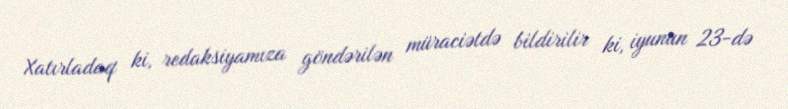
Xatırladaq ki, redaksiyamıza göndərilən müraciətdə bildirilir ki, iyunun 23-də